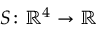
S \colon \mathbb { R } ^ { 4 } \rightarrow \mathbb { R }